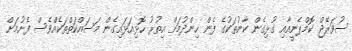
ސުވަރޭޖް ކޮމްޕެނީއާއި ގުޅިގެން ކާނުތަކުގެ ފެން ހިންދުމަށް އިތުރު ހޮޅިއަޅައިގެން މަސައްކަތްތަކެއްވެސް ފެށުމަށް